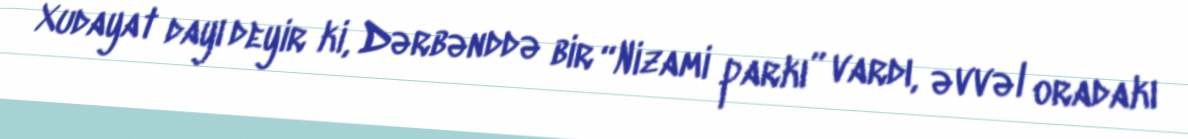
Xudayat dayı deyir ki, Dərbənddə bir “Nizami parkı” vardı, əvvəl oradakı